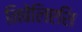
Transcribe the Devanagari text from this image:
निबेंलिएशि